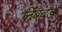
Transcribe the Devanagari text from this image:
निंबवडे